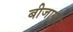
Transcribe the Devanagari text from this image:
बीजागुर